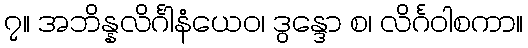
၇။ အဘိန္နလိင်္ဂါနံယေဝ၊ ဒွန္ဒော စ၊ လိင်္ဂဝါစကာ။